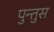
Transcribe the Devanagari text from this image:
पुन्तुस